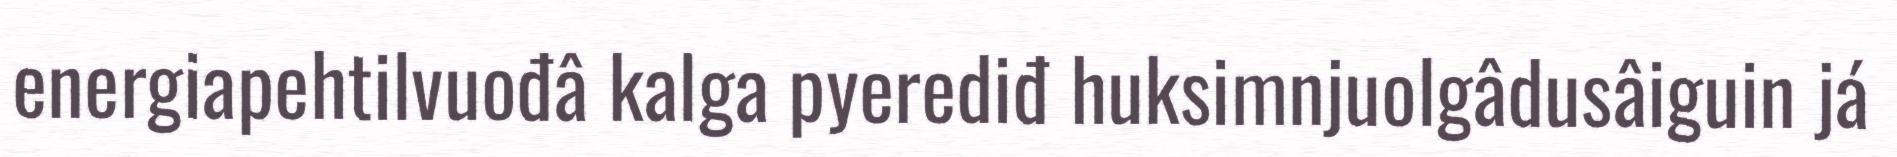
energiapehtilvuođâ kalga pyerediđ huksimnjuolgâdusâiguin já